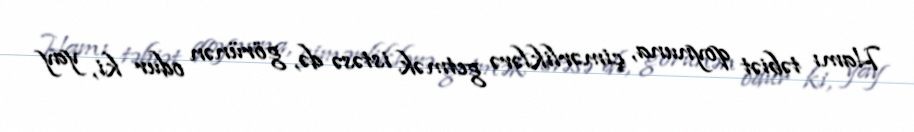
Hamı təbiət qoynuna, çimərliklərə getmək istəsə də, görünən odur ki, yay